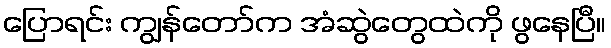
ပြောရင်း ကျွန်တော်က အံဆွဲတွေထဲကို ဖွနေပြီ။